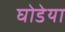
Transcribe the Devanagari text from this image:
घोडेया